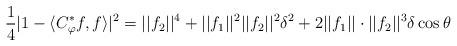
LaTeX: \begin{align*}\frac{1}{4}|1-\langle C_\varphi^*f,f\rangle|^2=||f_2||^4+||f_1||^2||f_2||^2\delta^2+2||f_1||\cdot||f_2||^3\delta\cos\theta\end{align*}